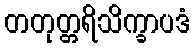
တတုတ္တရိသိက္ခာပဒံ